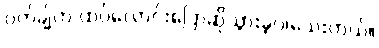
ဝက်ချ်က ထပ်လောင်းပြောဆိုသွားခဲ့ပါသေးတယ်။